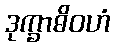
ဒုက္ခာဓိဝဟံ